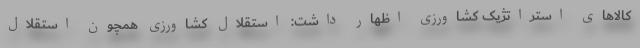
کالاهای استراتژیک کشاورزی اظهار داشت: استقلال کشاورزی همچون استقلال